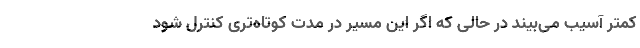
کمتر آسیب می‌بیند در حالی که اگر این مسیر در مدت کوتاه‌تری کنترل شود